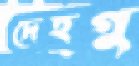
দেহগু